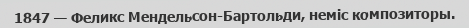
1847 — Феликс Мендельсон-Бартольди, неміс композиторы.